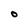
Character: O